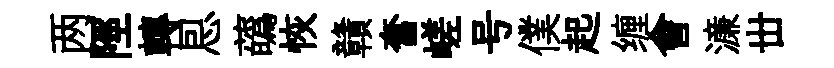
两陘轉㤙蘤恢贛奮嵯号僕起缠會濓丗